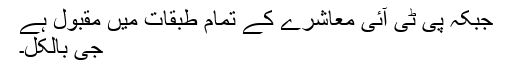
جبکہ پی ٹی آئی معاشرے کے تمام طبقات میں مقبول ہے
جی بالکل۔